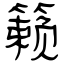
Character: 籁